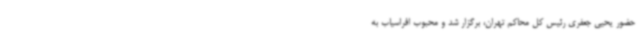
حضور یحیی جعفری رئیس کل محاکم تهران، برگزار شد و محبوب افراسیاب به